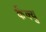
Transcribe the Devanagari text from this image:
केंक्यु